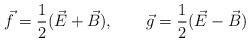
LaTeX: \begin{align*}\vec{f}=\frac{1}{2}(\vec{E}+\vec{B}),~~~~~~\vec{g}=\frac{1}{2}(\vec{E}-\vec{B})\end{align*}